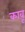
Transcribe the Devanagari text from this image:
कावू